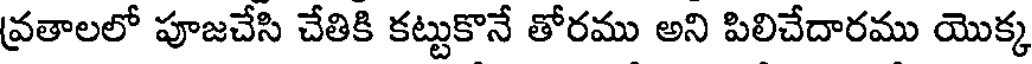
వ్రతాలలో పూజచేసి చేతికి కట్టుకొనే తోరము అని పిలిచేదారము యొక్క